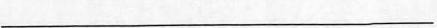
___